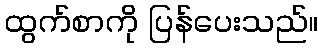
ထွက်စာကို ပြန်ပေးသည်။